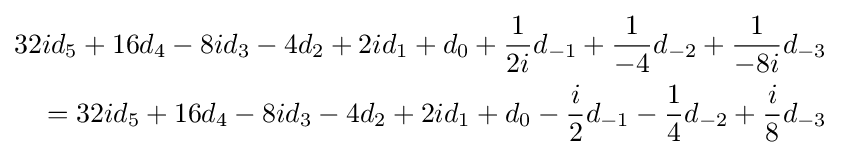
{\begin{aligned}32id_{5}+16d_{4}-8id_{3}-4d_{2}+2id_{1}+d_{0}+{\frac {1}{2i}}d_{-1}+{\frac {1}{-4}}d_{-2}+{\frac {1}{-8i}}d_{-3}\\=32id_{5}+16d_{4}-8id_{3}-4d_{2}+2id_{1}+d_{0}-{\frac {i}{2}}d_{-1}-{\frac {1}{4}}d_{-2}+{\frac {i}{8}}d_{-3}\end{aligned}}